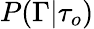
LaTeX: P(\Gamma\vert\tau_{o})